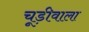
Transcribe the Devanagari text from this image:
चूड़ीवाला